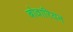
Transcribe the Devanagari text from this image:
बोवारियन